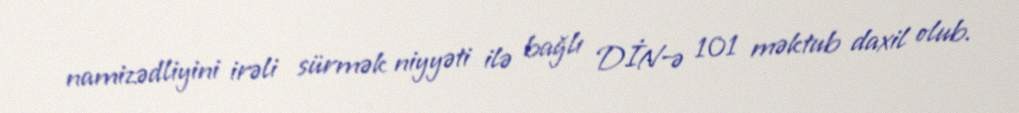
namizədliyini irəli sürmək niyyəti ilə bağlı DİN-ə 101 məktub daxil olub.